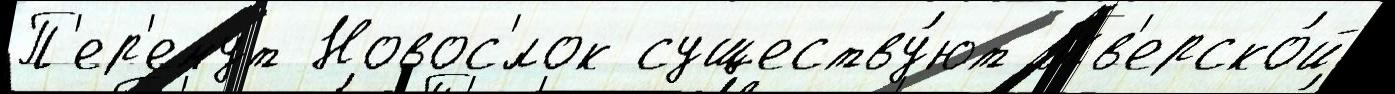
П'ер'емут Новос'́лок существу́ют Тв'ерско́й